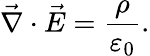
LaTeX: {\vec{\nabla}}\cdot{\vec{E}}={\frac{\rho}{\varepsilon_{0}}}.